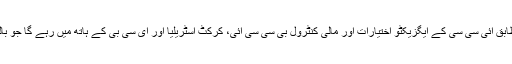
آئی سی سی کی جانب سے منظور کردہ مسودے کے مطابق آئی سی سی کے ایگزیکٹو اختیارات اور مالی کنٹرول بی سی سی آئی، کرکٹ آسٹریلیا اور ای سی بی کے ہاتھ میں رہے گا جو بالترتیب بھارت، آسٹریلیا اور انگلینڈ کے کرکٹ بورڈ ہیں۔